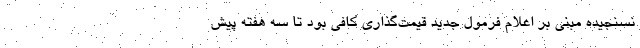
نسنجیده مبنی بر اعلام فرمول جدید قیمت‌گذاری کافی بود تا سه هفته پیش